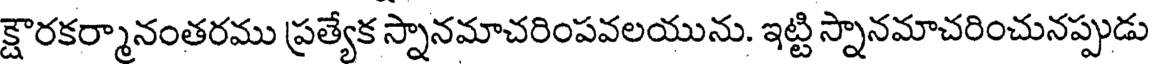
క్షారకర్మానంతరము ప్రత్యేక స్నానమాచరింపవలయును. ఇట్టి స్నానమాచరించునప్పుడు